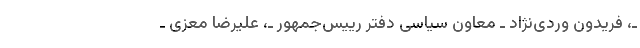
ـ، فریدون وردی‌نژاد ـ معاون سیاسی دفتر رییس‌جمهور ـ، علیرضا معزی ـ